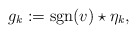
\begin{align*}g_k := {\rm sgn}(v) \star \eta_k,\end{align*}